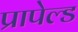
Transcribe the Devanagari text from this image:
प्रापेल्ड